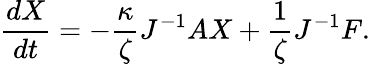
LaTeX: \frac{dX}{dt}=-\frac{\kappa}{\zeta}J^{-1}AX+\frac{1}{\zeta}J^{-1}F.